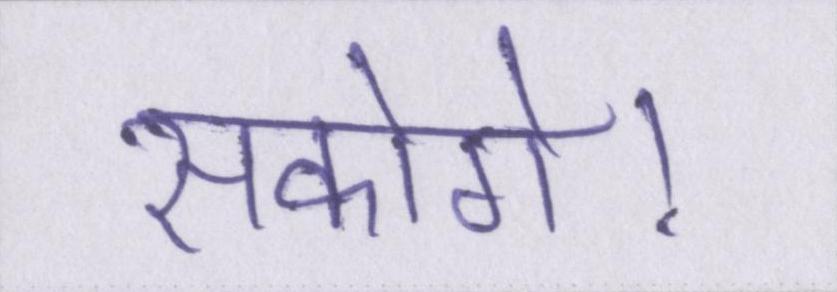
सकोगे।